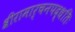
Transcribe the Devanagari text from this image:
श्रीरामार्चनपद्धतिः